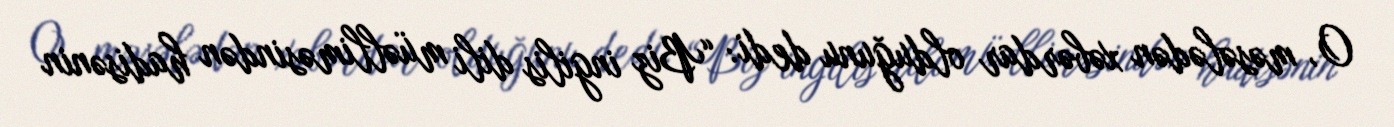
O, məsələdən xəbərdar olduğunu dedi: “Biz ingilis dili müəlliməsindən hadisənin